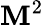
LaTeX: \mathbf{M}^{2}